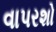
વાપરશો